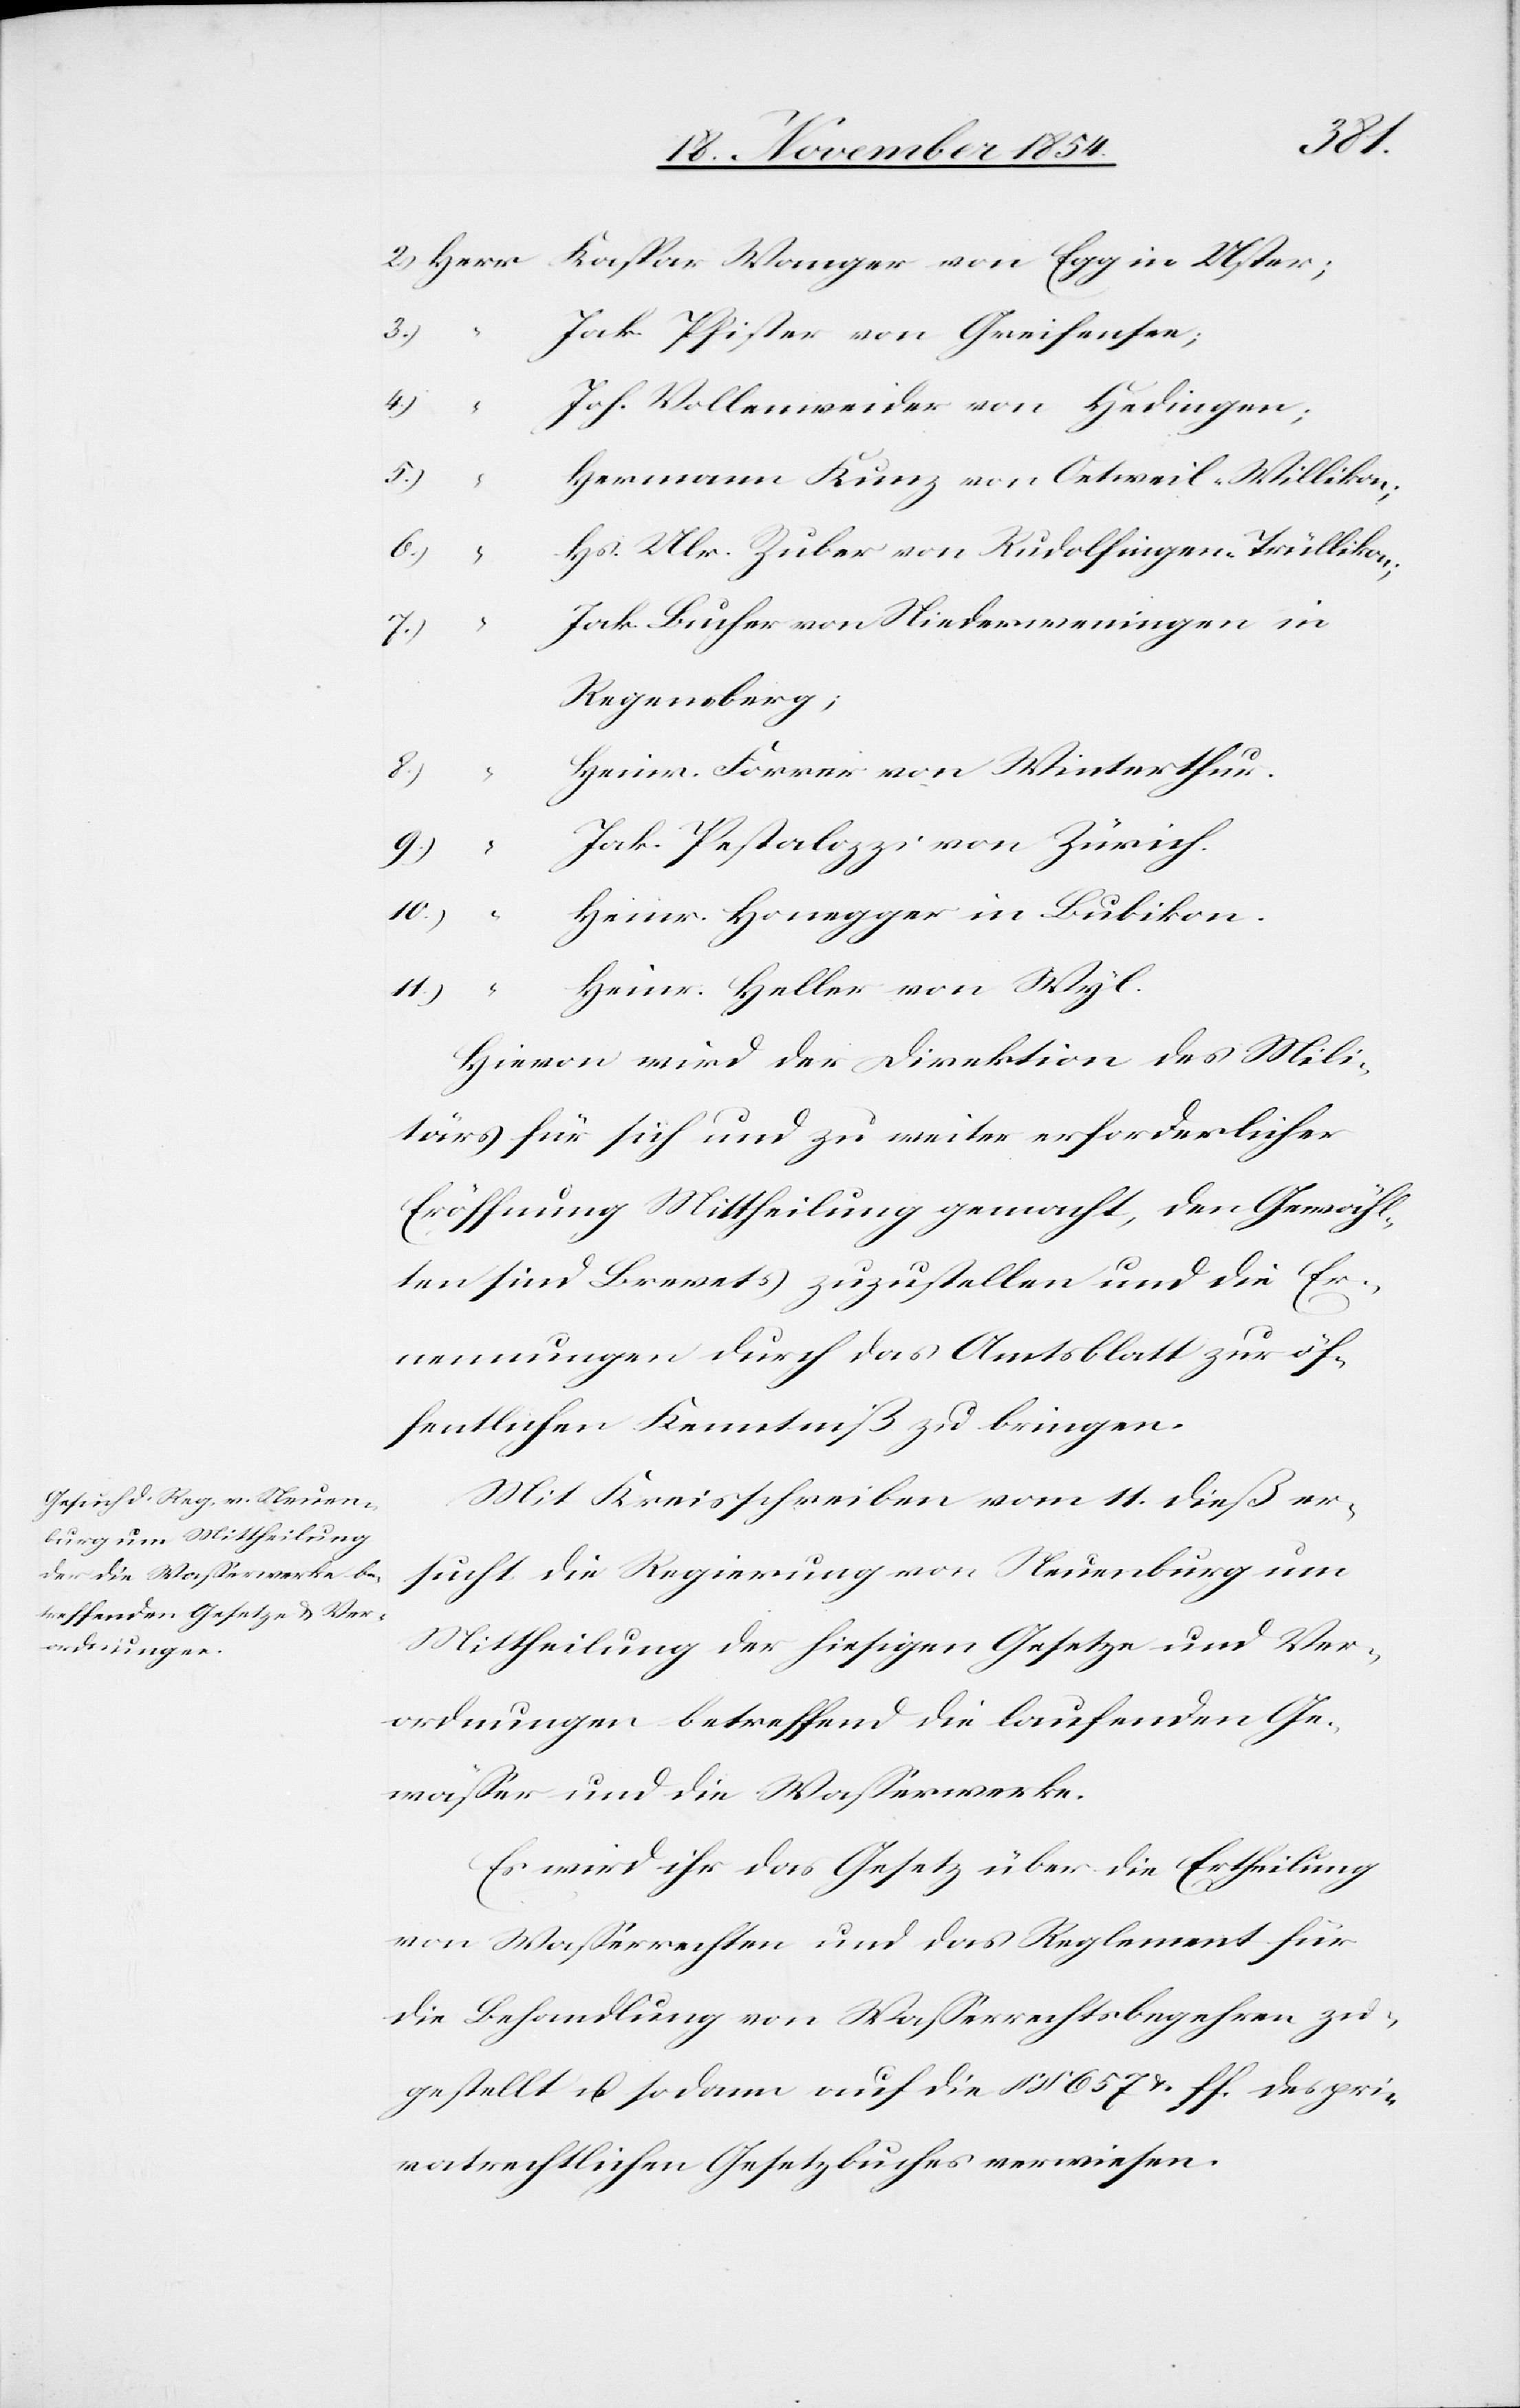
2.) Herr Kaspar Wanger von Egg in Uster;
ak. Pfister von Greifensee;
oh. Vollenweider von Hedingen;
5.)	“	H¬
ermann Kunz von Oetweil-Willikon;
s. Ulr. Zuber von Rudolfingen-Trüllikon;
8.)	“	H¬
ak. Bucher von Niederweningen in
Regensberg;
r.
einr. Forrer von Winterthu¬
ak. Pestalozzi von Zürich.
einr. Honegger in Bubikon.
11.)	“	H¬
einr. Heller von Wyl.
Hievon wird der Direktion des Mili¬
tärs für sich und zu weiter erforderlicher
Eröffnung Mittheilung gemacht, den Gewähl¬
ten sind Brevets zuzustellen und die Er¬
nennungen durch das Amtsblatt zur öf¬
fentlichen Kenntniß zu bringen.
Mit Kreisschreiben vom 11. dieß er¬
sucht die Regierung von Neuenburg um
Mittheilung der hiesigen Gesetze und Ver¬
ordnungen betreffend die laufenden Ge¬
wäßer und die Waßerwerke.
Es wird ihr das Gesetz über die Ertheilung
von Waßerrechten und das Reglement für
die Behandlung von Waßerrechtsbegehren zu¬
gestellt u. sodann auf die § § 657 u. ff. des pri¬
vatrechtlichen Gesetzbuches verwiesen.